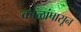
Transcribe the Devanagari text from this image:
काळांपासून